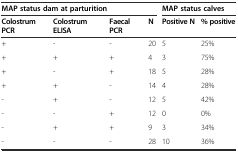
<table><thead><tr><td colspan="4"><b>MAP status dam at parturition</b></td><td colspan="2"><b>MAP status calves</b></td></tr><tr><td><b>Colostrum PCR</b></td><td><b>Colostrum ELISA</b></td><td><b>Faecal PCR</b></td><td><b>N</b></td><td><b>Positive N</b></td><td><b>% positive</b></td></tr></thead><tbody><tr><td>+</td><td>-</td><td>-</td><td>20</td><td>5</td><td>25%</td></tr><tr><td>+</td><td>+</td><td>+</td><td>4</td><td>3</td><td>75%</td></tr><tr><td>+</td><td>-</td><td>+</td><td>18</td><td>5</td><td>28%</td></tr><tr><td>+</td><td>+</td><td>-</td><td>14</td><td>4</td><td>28%</td></tr><tr><td>-</td><td>+</td><td>-</td><td>12</td><td>5</td><td>42%</td></tr><tr><td>-</td><td>-</td><td>+</td><td>12</td><td>0</td><td>0%</td></tr><tr><td>-</td><td>+</td><td>+</td><td>9</td><td>3</td><td>34%</td></tr><tr><td>-</td><td>-</td><td>-</td><td>28</td><td>10</td><td>36%</td></tr></tbody></table>